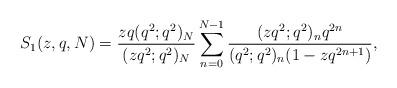
LaTeX: \begin{align*}S_1(z, q, N)=\frac{zq(q^2;q^2)_N}{(zq^2;q^2)_N}\sum_{n=0}^{N-1}\frac{(zq^2;q^2)_nq^{2n}}{(q^2;q^2)_n(1-zq^{2n+1})},\end{align*}